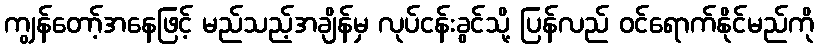
ကျွန်တော့်အနေဖြင့် မည်သည့်အချိန်မှ လုပ်ငန်းခွင်သို့ ပြန်လည် ဝင်ရောက်နိုင်မည်ကို